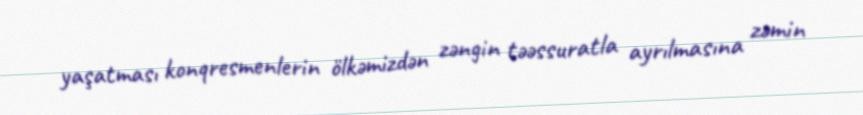
yaşatması konqresmenlerin ölkəmizdən zəngin təəssuratla ayrılmasına zəmin